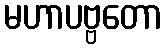
မဟာပဗ္ဗတော